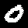
Digit: 0